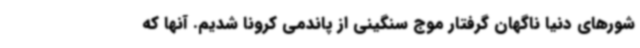
شورهای دنیا ناگهان گرفتار موج سنگینی از پاندمی کرونا شدیم. آنها که